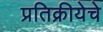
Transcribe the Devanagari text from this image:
प्रतिक्रीयेचे